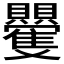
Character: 𮚮